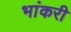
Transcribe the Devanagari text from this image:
भांकरी